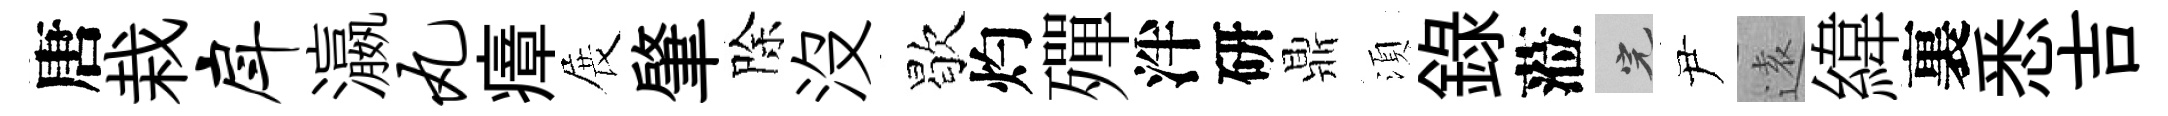
唐栽戽瀛丸瘴展肇除没歇灼殫泮研鼎湏録蒞完尹逺緯裏悉吉